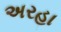
અરહા